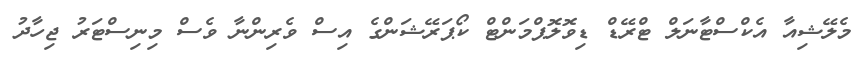
މެލޭޝިއާ އެކްސްޓާނަލް ޓްރޭޑް ޑިވޮލޮޕްމަންޓް ކޯޕަރޭޝަންގެ އިސް ވެރިންނާ ވެސް މިނިސްޓަރު ޖިހާދު